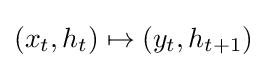
(x_{t},h_{t})\mapsto (y_{t},h_{t+1})